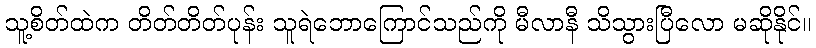
သူ့စိတ်ထဲက တိတ်တိတ်ပုန်း သူရဲဘောကြောင်သည်ကို မီလာနီ သိသွားပြီလော မဆိုနိုင်။